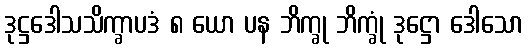
ဒုဋ္ဌဒေါသသိက္ခာပဒံ ၈ ယော ပန ဘိက္ခု ဘိက္ခုံ ဒုဋ္ဌော ဒေါသော